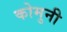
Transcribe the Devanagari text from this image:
कोमुनी